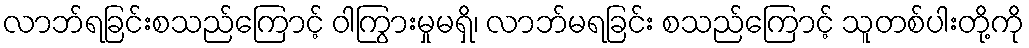
လာဘ်ရခြင်းစသည်ကြောင့် ဝါကြွားမှုမရှိ၊ လာဘ်မရခြင်း စသည်ကြောင့် သူတစ်ပါးတို့ကို